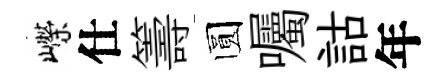
嶸仕籌圆囑詁年